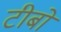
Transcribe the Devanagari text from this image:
टीबो